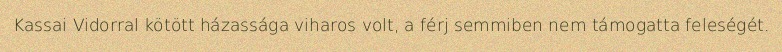
Kassai Vidorral kötött házassága viharos volt, a férj semmiben nem támogatta feleségét.